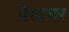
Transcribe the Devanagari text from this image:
पैसाभर